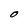
Character: O